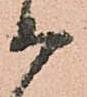
等